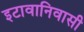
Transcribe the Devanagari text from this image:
इटावानिवासी